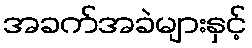
အခက်အခဲများနှင့်